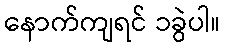
နောက်ကျရင် ၁ခွဲပါ။